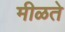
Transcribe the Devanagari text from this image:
मीळते